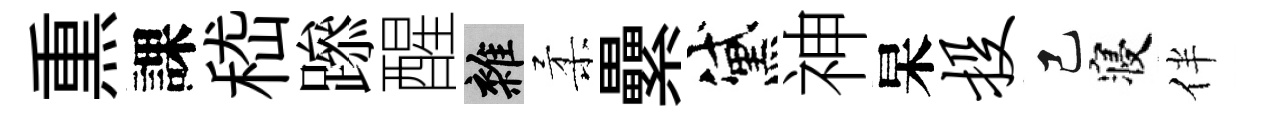
𤋱課嵇𨅶醒雜柔纍黛神杲投己寝伴